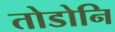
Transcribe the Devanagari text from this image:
तोडोनि